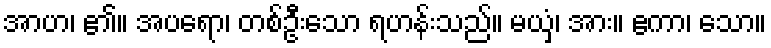
အာဟ၊ ၏။ အပရော၊ တစ်ဦးသော ရဟန်းသည်။ မယှံ၊ အား။ ဧကာ၊ သော။